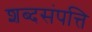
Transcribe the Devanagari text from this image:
शब्दसंपत्ति